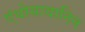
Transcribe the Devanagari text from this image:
एंथोसायानिन